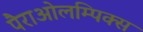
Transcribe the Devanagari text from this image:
पैराओलम्पिक्स